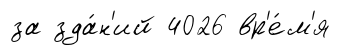
за зда́н'ий 4026 вр'е́м'я